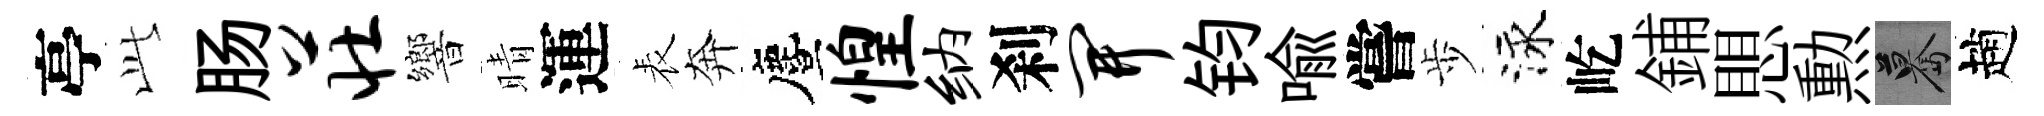
亭𬼘肠庄響晴運表奔󵨌惶纳刹开钧喻嘗歩泳屹鋪愳勲驀趙